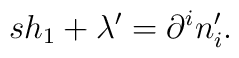
sh_{1}+\lambda ^{\prime }=\partial ^{i}n_{i}^{\prime }.